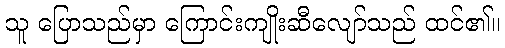
သူ ပြောသည်မှာ ကြောင်းကျိုးဆီလျော်သည် ထင်၏။